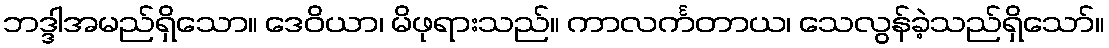
ဘဒ္ဒါအမည်ရှိသော။ ဒေဝိယာ၊ မိဖုရားသည်။ ကာလင်္ကတာယ၊ သေလွန်ခဲ့သည်ရှိသော်။